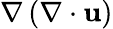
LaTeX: \nabla\left(\nabla\cdot\boldsymbol{\mathbf{u}}\right)